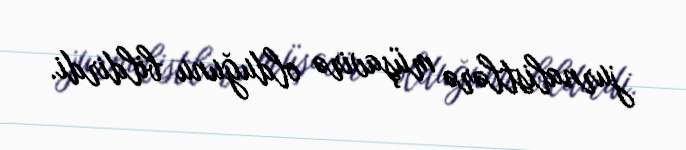
jurnalistlərə müşavirə olduğunu bildirdi.